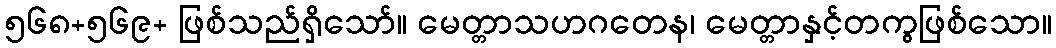
၅၆၈+၅၆၉+ ဖြစ်သည်ရှိသော်။ မေတ္တာသဟဂတေန၊ မေတ္တာနှင့်တကွဖြစ်သော။